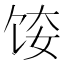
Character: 𫗤